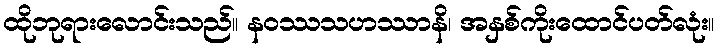
ထိုဘုရားလောင်းသည်။ နဝဿသဟဿာနိ၊ အနှစ်ကိုးထောင်ပတ်လုံး။